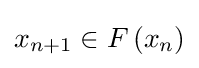
x_{n+1}\in F\left(x_{n}\right)